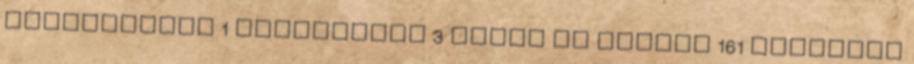
görögdinnye 1 gránátalma 3 gyors és könnyű 161 halottak